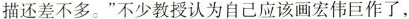
描还差不多。”不少教授认为自己应该画宏伟巨作了，